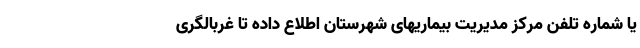
یا شماره تلفن مرکز مدیریت بیماریهای شهرستان اطلاع داده تا غربالگری